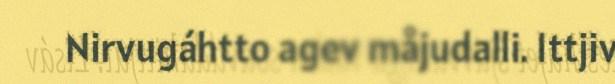
Nirvugáhtto agev måjudalli. Ittjiv